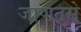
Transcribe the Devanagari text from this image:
जाणतसे